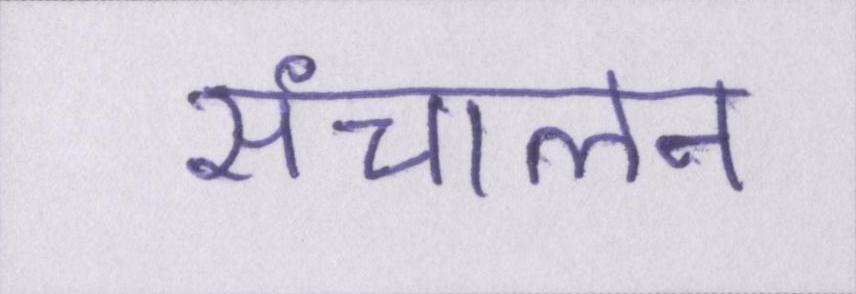
संचालन